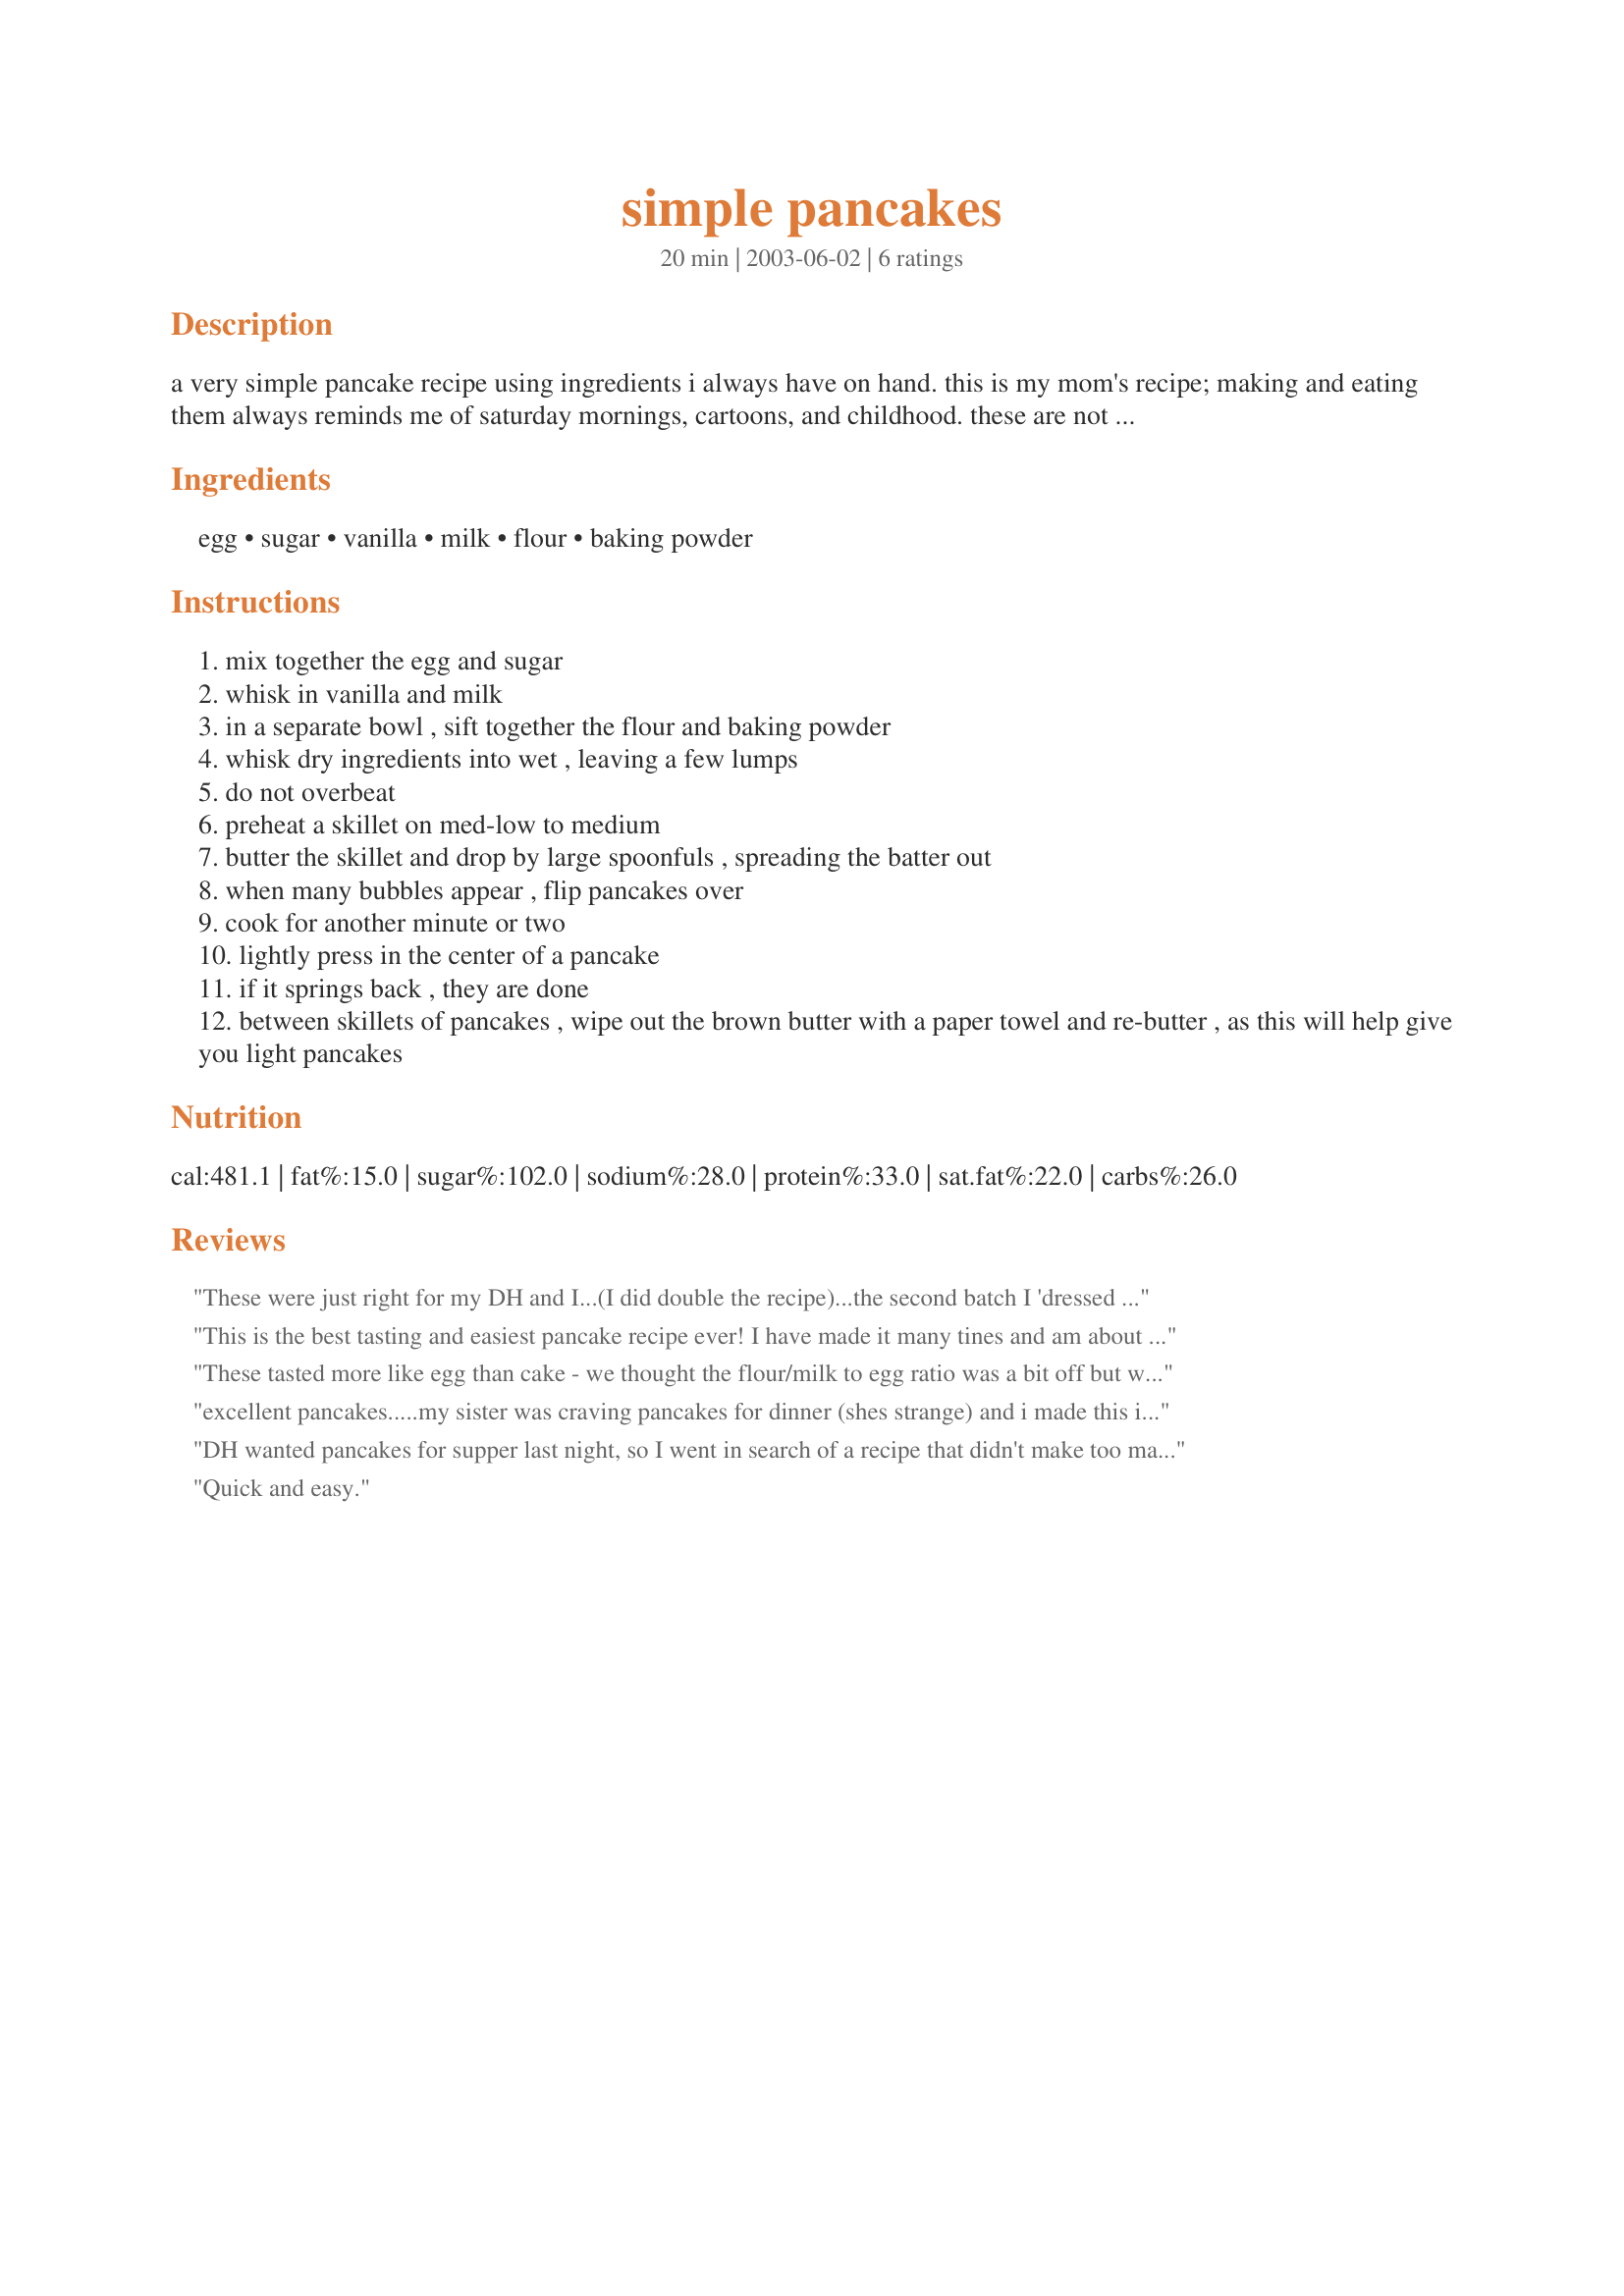
simple pancakes
Preparation time: 20 minutes

a very simple pancake recipe using ingredients i always have on hand. this is my mom's recipe; making and eating them always reminds me of saturday mornings, cartoons, and childhood. these are not big fluffy pancakes, nor are they thin; they are somewhere in between. serve with butter, syrup, and jam.

Ingredients:
egg, sugar, vanilla, milk, flour, baking powder

Steps:
mix together the egg and sugar
whisk in vanilla and milk
in a separate bowl , sift together the flour and baking powder
whisk dry ingredients into wet , leaving a few lumps
do not overbeat
preheat a skillet on med-low to medium
butter the skillet and drop by large spoonfuls , spreading the batter out
when many bubbles appear , flip pancakes over
cook for another minute or two
lightly press in the center of a pancake
if it springs back , they are done
between skillets of pancakes , wipe out the brown butter with a paper towel and re-butter , as this will help give you light pancakes

Reviews:
These were just right for my DH and I...(I did double the recipe)...the second batch I 'dressed up' a bit by adding ground cinnamon and pecans. Thanks for this very nice recipe, Boxerwing.
This is the best tasting and easiest pancake recipe ever! I have made it many tines and am about to make some right now!
These tasted more like egg than cake - we thought the flour/milk to egg ratio was a bit off but we went ahead and made them exactly as stated
The batter was very liquidy and the resulting pancakes did not have a very nice texture
excellent pancakes.....my sister was craving pancakes for dinner (shes strange) and i made this in a flash.....wonderful!
DH wanted pancakes for supper last night, so I went in search of a recipe that didn't make too many pancakes, and was very plain and simple. This recipe was perfect on both counts. I did use buttermilk in place of regular milk, but that was the only change I made. This recipe made exactly 6 pancakes, which was perfect for us!!! A keeper for sure.
Quick and easy.
